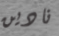
نادين